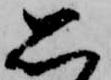
思